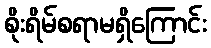
စိုးရိမ်စရာမရှိကြောင်း